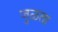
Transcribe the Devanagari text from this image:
जुळता